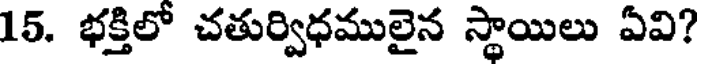
15. భక్తిలో చతుర్విధములైన స్థాయిలు ఏవి?